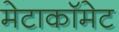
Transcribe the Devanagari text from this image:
मेटाकॉमेट